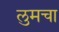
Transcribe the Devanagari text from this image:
लुमचा